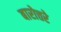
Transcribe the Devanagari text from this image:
बारोत्तरे